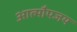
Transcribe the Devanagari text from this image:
आत्मौपजय